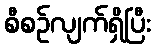
စီစဉ်လျက်ရှိပြီး